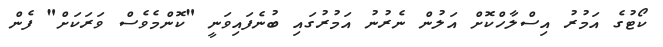
ކޯޓުގެ އަމުރު އިސްލާހްކޮށް އަލުން ނެރުނު އަމުރުގައި ބުނެފައިވަނީ "ކޮންމެވެސް ވަރަކަށް" ފެން